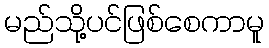
မည်သို့ပင်ဖြစ်စေကာမူ